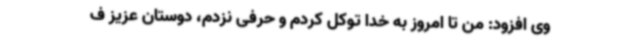
وی افزود: من تا امروز به خدا توکل کردم و حرفی نزدم، دوستان عزیز ف